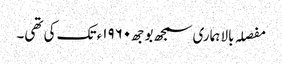
مفصلہ بالا ہماری سمجھ بوجھ١٩٦٠ء تک کی تھی۔